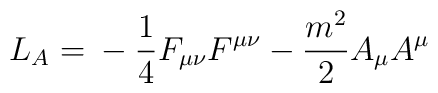
L_{A} = \mbox{}-\frac{1}{4}F_{\mu\nu}F^{\mu\nu} - \frac{m^{2}}{2}A_{\mu}A^{\mu}